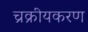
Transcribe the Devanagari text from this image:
च्रक्रीयकरण